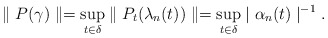
\begin{align*}\parallel P(\gamma)\parallel=\sup_{t\in\delta}\parallel P_{t}(\lambda_{n}(t))\parallel=\sup_{t\in\delta}\mid\alpha_{n}(t)\mid^{-1}.\end{align*}